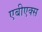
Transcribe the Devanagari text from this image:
एबीएक्स